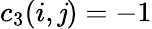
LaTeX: c_{3}(i,\mathit{j})=-1